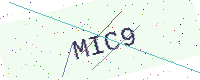
Text: MIC9